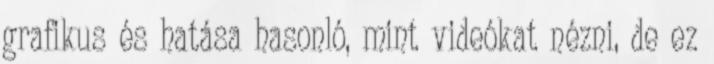
grafikus és hatása hasonló, mint videókat nézni, de ez